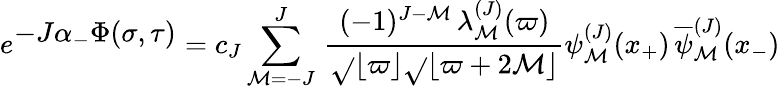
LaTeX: e^{\textstyle-J\alpha_{-}\Phi(\sigma,\tau)}=c_{J}\sum_{\mathcal{M}=-J}^{J}\, {\frac{{(-1)^{J-\mathcal{M}}\, \lambda_{\mathcal{M}}^{(J)}(\varpi)}}{{\sqrt{}{{\lfloor\varpi\rfloor}}\sqrt{}{{\lfloor\varpi+2\mathcal{M}\rfloor}}}}}\psi_{\mathcal{M}}^{(J)}(x_{+})\, {\overline{{{\psi}}}_{\mathcal{M}}^{(J)}}(x_{-})